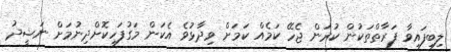
ލިބިފައިވާ ފަރާތްތަކުން ކުރަން ޖެހޭ ކަމެއް ކަމަށް ވިދާޅުވެ އެކަން މަގުފަހިކޮށްދިނުމަށް ނަޝީދު